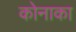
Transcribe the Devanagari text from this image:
कोनाका